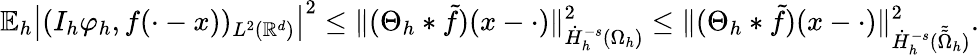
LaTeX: \mathbb{E}_{h}\left|(I_{h}\varphi_{h},f(\cdot-x))_{L^{2}(\mathbb{R}^{d})}\right|^{2}\le\| (\Theta_{h}*\tilde{f})(x-\cdot)\| _{\dot{H}_{h}^{-s}(\Omega_{h})}^{2}\le\| (\Theta_{h}*\tilde{f})(x-\cdot)\| _{\dot{H}_{h}^{-s}(\tilde{\tilde{\Omega}}_{h})}^{2}.